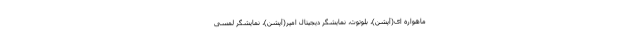
ماهواره ای(آپشن)، بلوتوث، نمایشگر دیجیتال امپر(آپشن)، نمایشگر لمسی